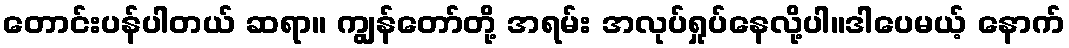
တောင်းပန်ပါတယ် ဆရာ။ ကျွန်တော်တို့ အရမ်း အလုပ်ရှုပ်နေလို့ပါ။ဒါပေမယ့် နောက်